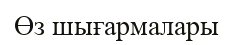
Өз шығармалары